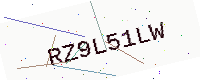
Text: RZ9L51LW